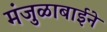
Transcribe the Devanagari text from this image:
मंजुळाबाईने